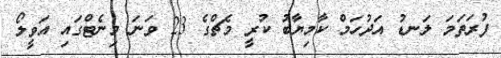
ފުރަތަމަ ލަނޑު އަދުހަމް ކާމިޔާބު ކުރީ މެޗްގެ 23 ވަނަ މިނެޓްގައި އަވީލޯ